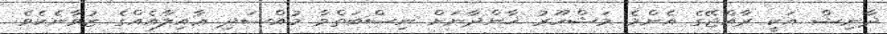
ދާނިޝް އަކީ ރާއްޖޭގެ އެންމެ މަޝްހޫރު ޚާންދާނަށް ނިސްބަތްވާ މުއްސަދި ޢާއިލާއެއްގެ ޒުވާނެކެވެ.